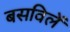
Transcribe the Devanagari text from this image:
बसविलें